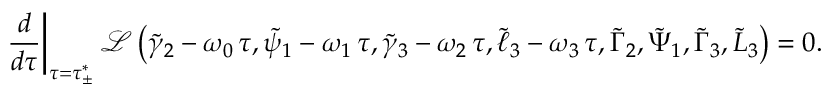
\left. \frac { d } { d \tau } \right| _ { \tau = \tau _ { \pm } ^ { * } } \mathcal { L } \left( \tilde { \gamma } _ { 2 } - \omega _ { 0 } \, \tau , \tilde { \psi } _ { 1 } - \omega _ { 1 } \, \tau , \tilde { \gamma } _ { 3 } - \omega _ { 2 } \, \tau , \tilde { \ell } _ { 3 } - \omega _ { 3 } \, \tau , \tilde { \Gamma } _ { 2 } , \tilde { \Psi } _ { 1 } , \tilde { \Gamma } _ { 3 } , \tilde { L } _ { 3 } \right) = 0 .